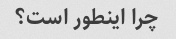
چرا اینطور است؟